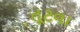
તૂટવા